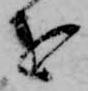
を